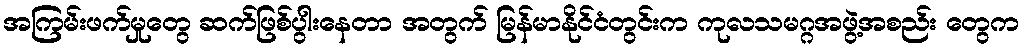
အကြမ်းဖက်မှုတွေ ဆက်ဖြစ်ပွါးနေတာ အတွက် မြန်မာနိုင်ငံတွင်းက ကုလသမဂ္ဂအဖွဲ့အစည်း တွေက